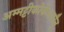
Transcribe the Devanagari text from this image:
अम्मट्टीकोर्केअकौलू